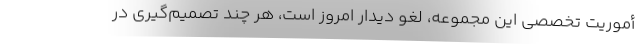
أموریت تخصصی این مجموعه، لغو دیدار امروز است، هر چند تصمیم‌گیری در